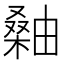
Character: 𪳫